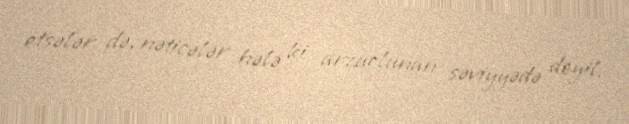
etsələr də, nəticələr hələ ki arzuolunan səviyyədə deyil.